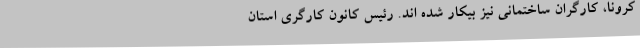
کرونا، کارگران ساختمانی نیز بیکار شده اند. رئیس کانون کارگری استان